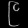
Digit: ၉